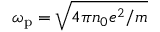
\omega _ { \mathrm { p } } = \sqrt { 4 \pi n _ { 0 } e ^ { 2 } / m }